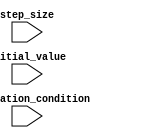
module decremental_for_loop (
    input wire [7:0] initial_value,
    input wire [7:0] step_size,
    input wire [7:0] termination_condition
);

    reg [7:0] counter;

    always @ (posedge clk or negedge rst) begin
        if (!rst) begin
            counter <= initial_value;
        end else begin
            if (counter > termination_condition) begin
                // perform the operations within the loop
                // eg. output result or trigger external action

                counter <= counter - step_size;
            end
        end
    end

endmodule